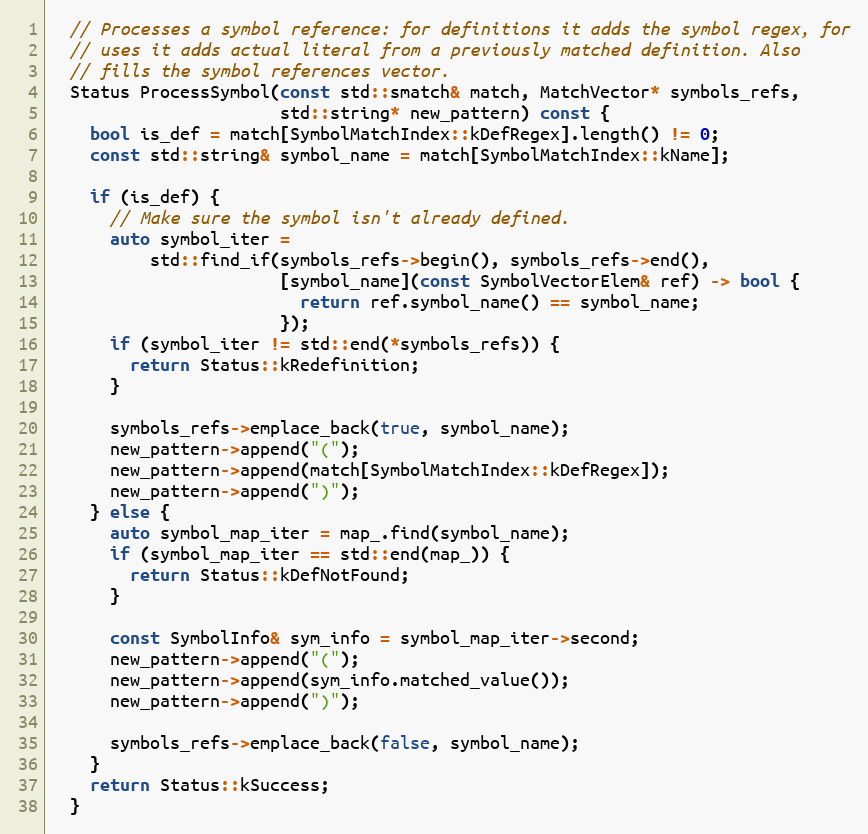
Language: C
  // Processes a symbol reference: for definitions it adds the symbol regex, for
  // uses it adds actual literal from a previously matched definition. Also
  // fills the symbol references vector.
  Status ProcessSymbol(const std::smatch& match, MatchVector* symbols_refs,
                       std::string* new_pattern) const {
    bool is_def = match[SymbolMatchIndex::kDefRegex].length() != 0;
    const std::string& symbol_name = match[SymbolMatchIndex::kName];

    if (is_def) {
      // Make sure the symbol isn't already defined.
      auto symbol_iter =
          std::find_if(symbols_refs->begin(), symbols_refs->end(),
                       [symbol_name](const SymbolVectorElem& ref) -> bool {
                         return ref.symbol_name() == symbol_name;
                       });
      if (symbol_iter != std::end(*symbols_refs)) {
        return Status::kRedefinition;
      }

      symbols_refs->emplace_back(true, symbol_name);
      new_pattern->append("(");
      new_pattern->append(match[SymbolMatchIndex::kDefRegex]);
      new_pattern->append(")");
    } else {
      auto symbol_map_iter = map_.find(symbol_name);
      if (symbol_map_iter == std::end(map_)) {
        return Status::kDefNotFound;
      }

      const SymbolInfo& sym_info = symbol_map_iter->second;
      new_pattern->append("(");
      new_pattern->append(sym_info.matched_value());
      new_pattern->append(")");

      symbols_refs->emplace_back(false, symbol_name);
    }
    return Status::kSuccess;
  }